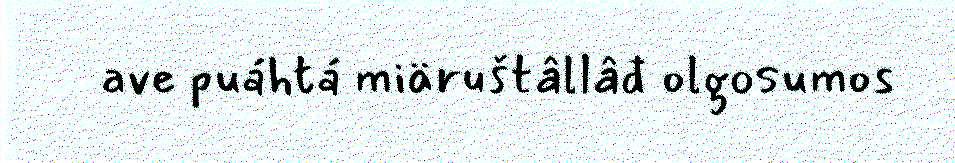
ave puáhtá miäruštâllâđ olgosumos